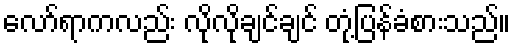
လော်ရာကလည်း လိုလိုချင်ချင် တုံ့ပြန်ခံစားသည်။